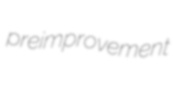
preimprovement